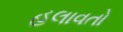
હલાવતો